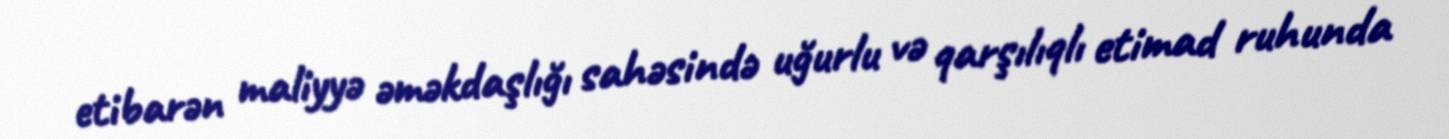
etibarən maliyyə əməkdaşlığı sahəsində uğurlu və qarşılıqlı etimad ruhunda